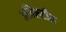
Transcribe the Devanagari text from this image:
अतिसटीक